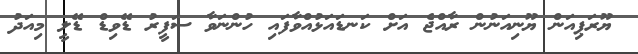
ޔޫރަޕިއަން ޔޫނިއަނުން ރާއްޖެ އަށް ކަނޑައަޅުއްވާފައި ހުންނަވާ ސަފީރު ޑޭވިޑް ޑޭލީ މިއަދު